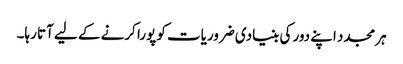
ہر مجدد اپنے دور کی بنیادی ضروریات کو پورا کرنے کے لیے آتا رہا۔